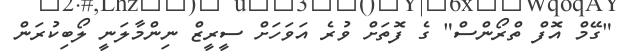
"ގޭމް އޮފް ތްރޯންސް" ގެ ފޮތަށް ވުރެ އަވަހަށް ސީރީޒް ނިންމާލަނީ ލޯބިކުރަން